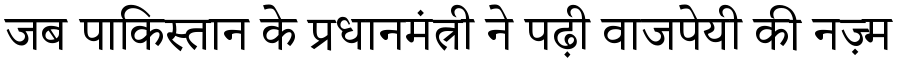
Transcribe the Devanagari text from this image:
जब पाकिस्तान के प्रधानमंत्री ने पढ़ी वाजपेयी की नज़्म